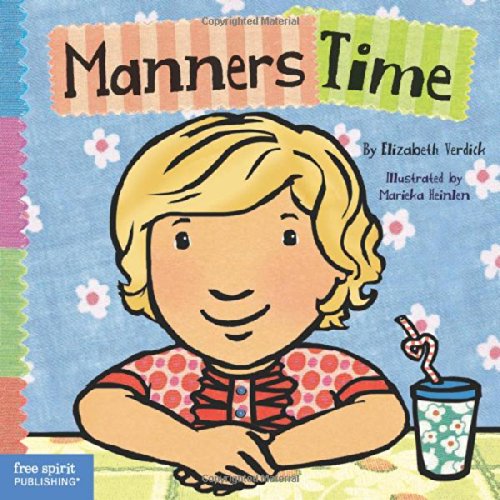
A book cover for Manners Time (Toddler Tools); Elizabeth Verdick; Parenting & Relationships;